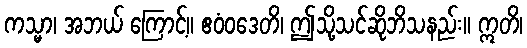
ကသ္မာ၊ အဘယ် ကြောင့်။ ဧဝံဝဒေတိ၊ ဤသို့သင်ဆိုဘိသနည်း။ ဣတိ၊